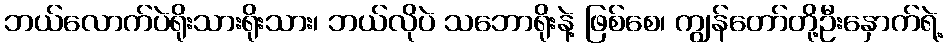
ဘယ်လောက်ပဲရိုးသားရိုးသား၊ ဘယ်လိုပဲ သဘောရိုးနဲ့ ဖြစ်စေ၊ ကျွန်တော်တို့ဦးနှောက်ရဲ့